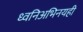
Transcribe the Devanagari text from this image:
ध्वनिअभिनयही